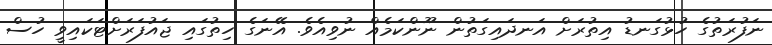
ނަފުރަތުގެ ހުޅުގަނޑު އިތުރަށް އަނދައިގަތުން ނޫންކަމެއް ނުވިއެވެ. އޭނަގެ ހިތުގައި ޖައުފަރަށްޓަކައިވީ ހުސް